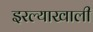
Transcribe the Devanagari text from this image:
इरल्याखाली